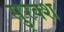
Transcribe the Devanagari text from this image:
सुरक्श